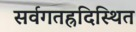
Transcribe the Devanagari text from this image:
सर्वगतह्रदिस्थित